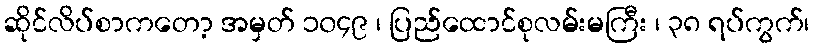
ဆိုင်လိပ်စာကတော့ အမှတ် ၁၀၄၉ ၊ ပြည်ထောင်စုလမ်းမကြီး ၊ ၃၈ ရပ်ကွက်၊